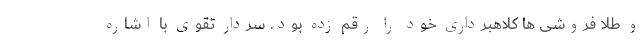
و طلا فروشی ها کلاهبرداری خود را رقم زده بود. سردار تقوی با اشاره